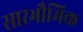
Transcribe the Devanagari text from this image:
सारभौमिक